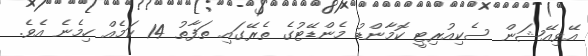
އޭވިއޭޝަން ސެކިއުރިޓީ ކޮމާންޑު މެންޑޭޓުގެ ތެރޭގައި ތަފާތު 14 ކަމެއް ހިމެނެ އެވެ.